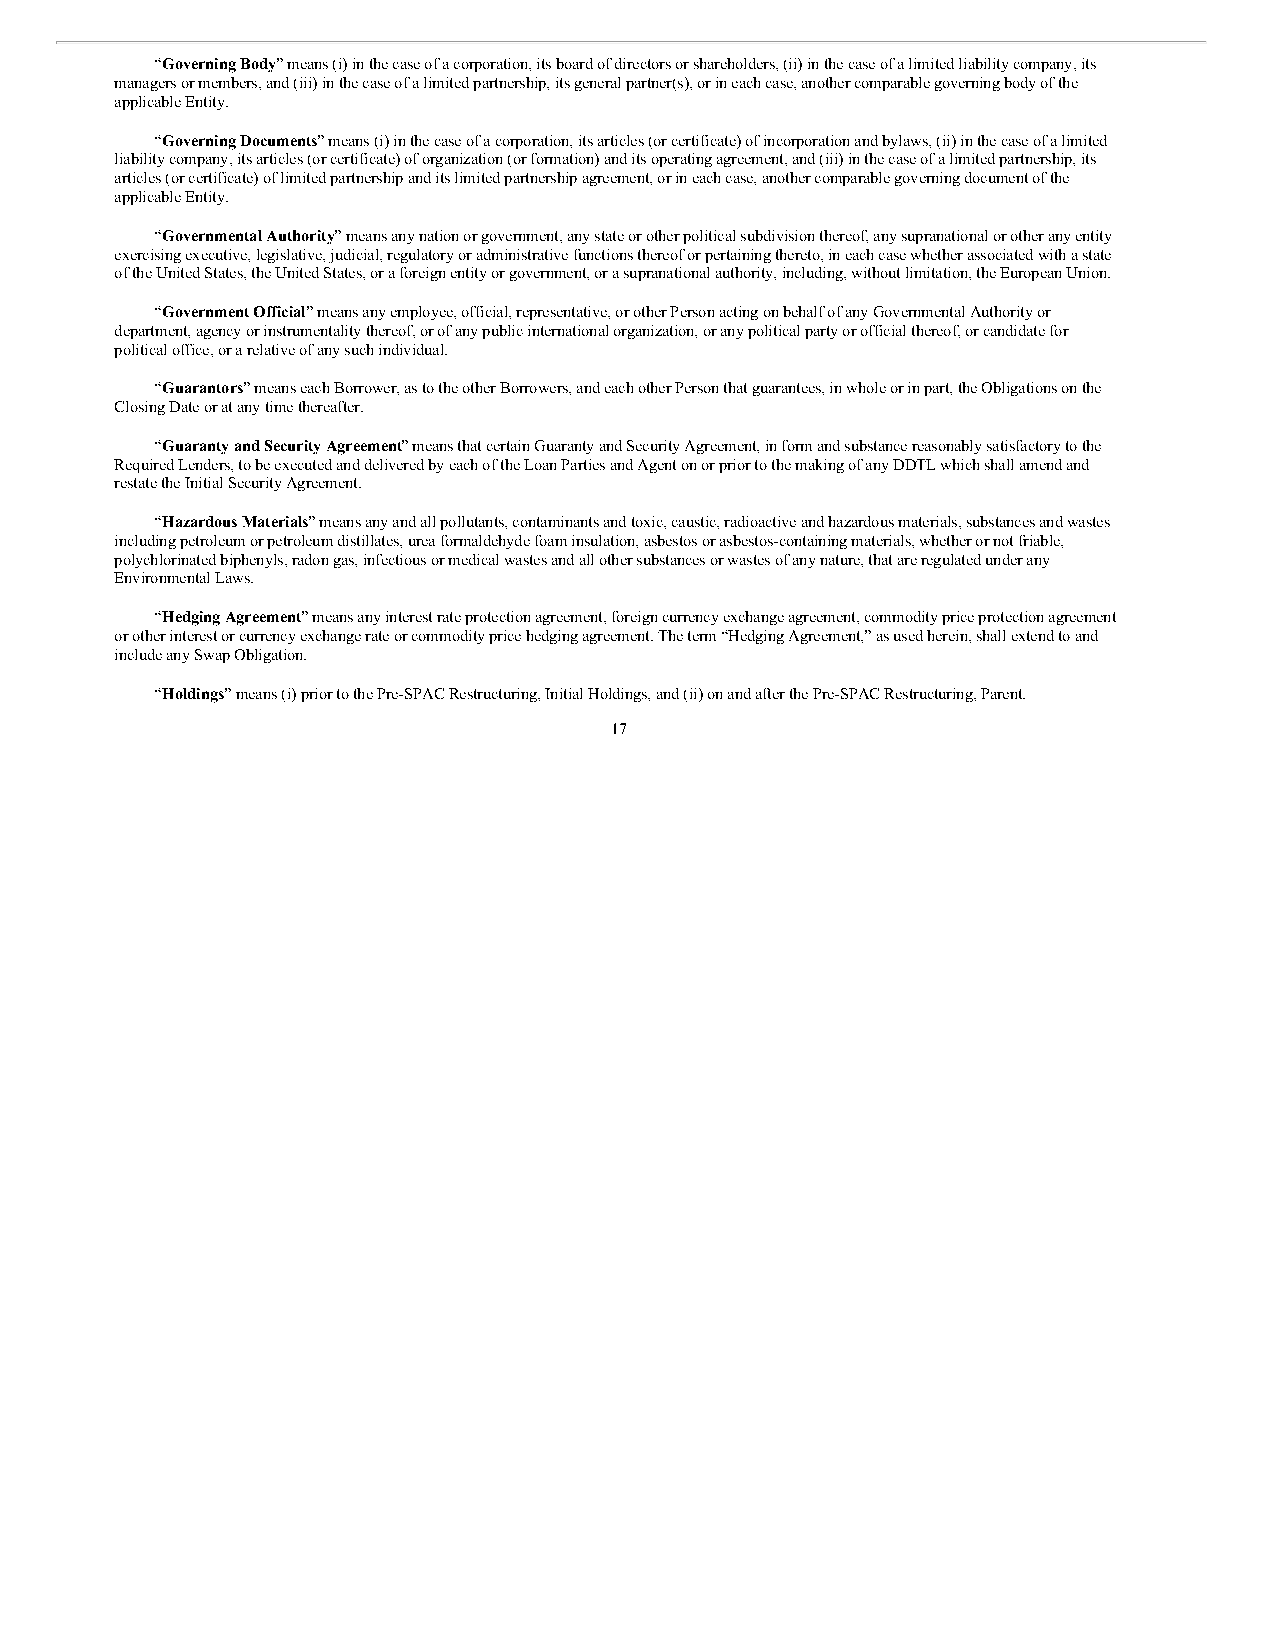
“Governing Body” means (i) in the case of a corporation, its board of directors or shareholders, (ii) in the case of a limited liability company, its
 managers or members, and (iii) in the case of a limited partnership, its general partner(s), or in each case, another comparable governing body of the
 applicable Entity.
 “Governing Documents” means (i) in the case of a corporation, its articles (or certificate) of incorporation and bylaws, (ii) in the case of a limited
 liability company, its articles (or certificate) of organization (or formation) and its operating agreement, and (iii) in the case of a limited partnership, its
 articles (or certificate) of limited partnership and its limited partnership agreement, or in each case, another comparable governing document of the
 applicable Entity.
 “Governmental Authority” means any nation or government, any state or other political subdivision thereof, any supranational or other any entity
 exercising executive, legislative, judicial, regulatory or administrative functions thereof or pertaining thereto, in each case whether associated with a state
 of the United States, the United States, or a foreign entity or government, or a supranational authority, including, without limitation, the European Union.
 “Government Official” means any employee, official, representative, or other Person acting on behalf of any Governmental Authority or
 department, agency or instrumentality thereof, or of any public international organization, or any political party or official thereof, or candidate for
 political office, or a relative of any such individual.
 “Guarantors” means each Borrower, as to the other Borrowers, and each other Person that guarantees, in whole or in part, the Obligations on the
 Closing Date or at any time thereafter.
 “Guaranty and Security Agreement” means that certain Guaranty and Security Agreement, in form and substance reasonably satisfactory to the
 Required Lenders, to be executed and delivered by each of the Loan Parties and Agent on or prior to the making of any DDTL which shall amend and
 restate the Initial Security Agreement.
 “Hazardous Materials” means any and all pollutants, contaminants and toxic, caustic, radioactive and hazardous materials, substances and wastes
 including petroleum or petroleum distillates, urea formaldehyde foam insulation, asbestos or asbestos-containing materials, whether or not friable,
 polychlorinated biphenyls, radon gas, infectious or medical wastes and all other substances or wastes of any nature, that are regulated under any
 Environmental Laws.
 “Hedging Agreement” means any interest rate protection agreement, foreign currency exchange agreement, commodity price protection agreement
 or other interest or currency exchange rate or commodity price hedging agreement. The term “Hedging Agreement,” as used herein, shall extend to and
 include any Swap Obligation.
 “Holdings” means (i) prior to the Pre-SPAC Restructuring, Initial Holdings, and (ii) on and after the Pre-SPAC Restructuring, Parent.
 17